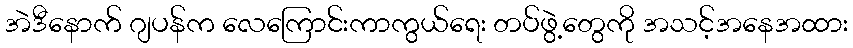
အဲဒီနောက် ဂျပန်က လေကြောင်းကာကွယ်ရေး တပ်ဖွဲ့တွေကို အသင့်အနေအထား